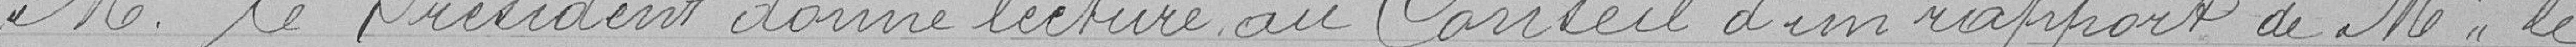
M. le Président donne lecture au Conseil d'un rapport de Mr le